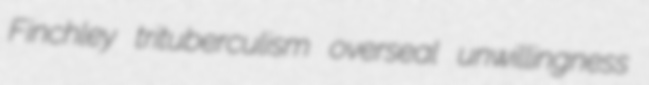
Finchley trituberculism overseal unwillingness